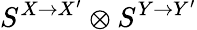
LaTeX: S^{X\to X^{\prime}}\otimes S^{Y\to Y^{\prime}}